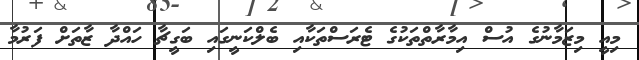
މިއީ މިޒަމާނުގެ އުސް އިމާރާތްތަކުގެ ޓެރަސްތަކާއި ބެލްކަނީގައި ބަގީޗާ ހައްދާ ޒާތަށް ފަރުމާ